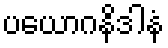
ပယောဂနိဒါနံ